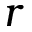
r